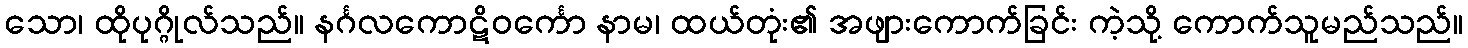
သော၊ ထိုပုဂ္ဂိုလ်သည်။ နင်္ဂလကောဋိဝင်္ကော နာမ၊ ထယ်တုံး၏ အဖျားကောက်ခြင်း ကဲ့သို့ ကောက်သူမည်သည်။